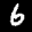
Label: 6